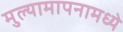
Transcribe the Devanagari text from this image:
मुल्यामापनामध्ये